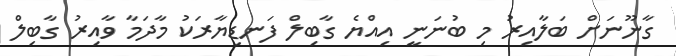
ގާނޫނަށް ބަލާއިރު މި ބުނަނީ އިއްޔެ ގާބިލް ފަނޑިޔާރަކު މާދަމާ ވާއިރު ގާބިލް